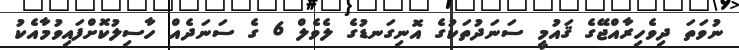
ނުވަތަ ދިވެހިރާއްޖޭގެ ޤައުމީ ސަނަދުތަކުގެ އޮނިގަނޑުގެ ލެވެލް 6 ގެ ސަނަދެއް ހާސިލުކޮށްފައިވުމާއެކު